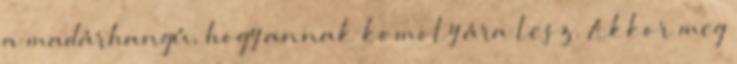
a madárhangú, hogy annak komoly ára lesz. Akkor meg